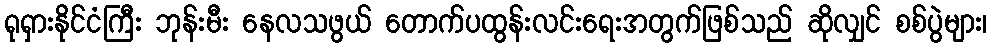
ရုရှားနိုင်ငံကြီး ဘုန်းမီး နေလသဖွယ် တောက်ပထွန်းလင်းရေးအတွက်ဖြစ်သည် ဆိုလျှင် စစ်ပွဲများ၊